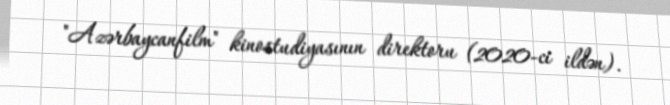
"Azərbaycanfilm" kinostudiyasının direktoru (2020-ci ildən).